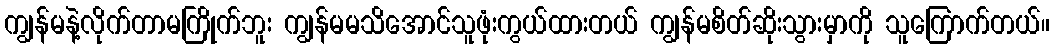
ကျွန်မနဲ့လိုက်တာမကြိုက်ဘူး ကျွန်မမသိအောင်သူဖုံးကွယ်ထားတယ် ကျွန်မစိတ်ဆိုးသွားမှာကို သူကြောက်တယ်။